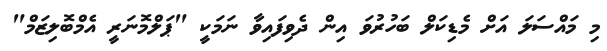
މި މައްސަލަ އަށް މެޑިކަލް ބަހުރުވަ އިން ދެވިފައިވާ ނަމަކީ "ޕަލްމޮނަރީ އެމްބޮލިޒަމް"